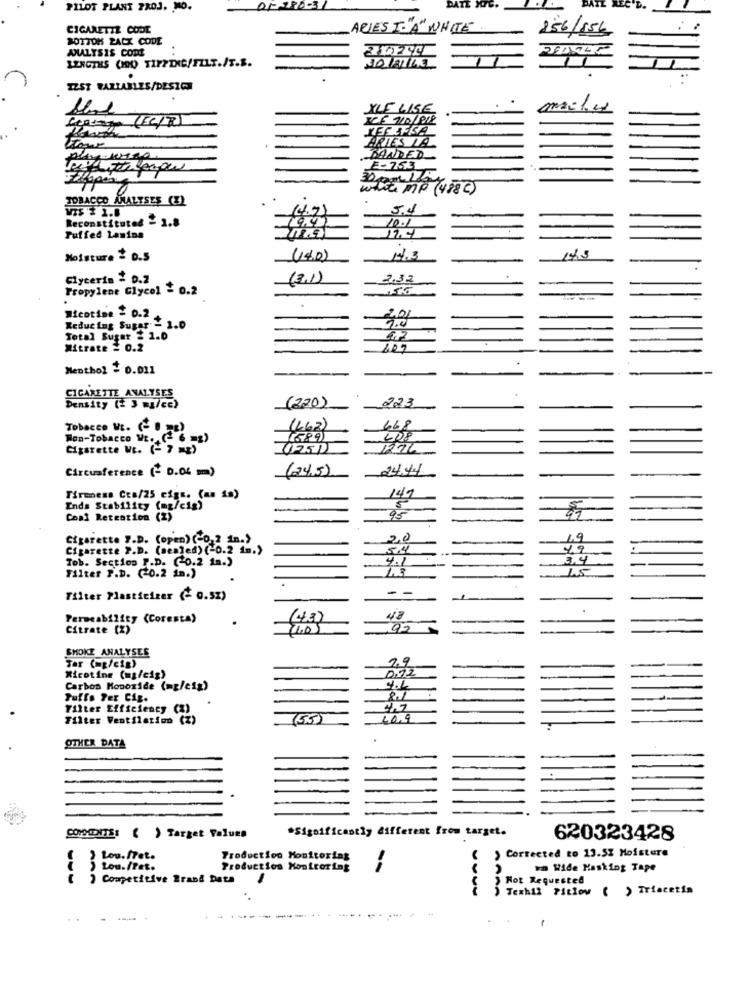
PILOT PLANT PRO3. MO.
CIGARETTE CODE
ARIES I."A" WHITE
256/856
BOTTOM ZACK CODE
ANALYSIS CODE
LENGTHS (HOU TIFFDIG/FILE./T.S.
TEST WARLABLES/DESIGN
XLE LISE
NEELFKA
ARIES LA
BANDED
E-753
white MP (488 c)
TOBACCO ANALYSES (Z)
5.4
Reconstituted = 1.8
19.47
10.1
Puffed Lamina
Moisture 2 0.5
(140)
14.3
Glycerin = D.2
(3.1)
2,32
Propylene Glycol = 0.2
Nicotine = 0.2
Reducing Sugar - 1.0
Total Suger 2 1.0
6.72
Mitrate = 0.2
Menthol = 0.011
CIGARETTE ANALYSES
Density (2 3 mg/ce)
(220)
223
Tobacco WL. ( Bg)
(662)
668
Non-Tobacco Wt. (+ 6
608
Cigarette WE. (- 7 =)
12.76
Circumference (- D.O. m)
(24,5)
24.44
Tirmess Cts/25 cigs. (as is)
147
Ends Stability (mg/cis)
Coal Retention (2)
95
Cigarette 7.D. (open) (-0,2 in.)
20
1.9
Cigarette P.D. (sealed) (-0.2 1m.)
5.4
Tob. Section P.D. (0.2 1n.)
4.1
3.4
15
Filter P.D. (0.2 in.)
-
Filter Plasticizer (- 0.5%)
Permeability (Coresta)
(43)
47
Citrate (2)
1.05
92
SMOKE ANALYSES
2.9
Tar (mp/cig)
0.72
Nicotine (mg/cig)
Carbon Monoxide (mg/cig)
4.4
Tuffs Per Cig.
81
Filter Efficiency (%)
4.7
Filter Ventilation (Z)
40.9
OTHER DATA
*Significantly different from target.
CONSOENTS: ( ) Target Values
620323428
" } Lou.fet.
Production Monitoring
Corrected to 13.52 Moisture
Lou./Pet.
Producties Hontroring
In Wide Masking Tape
) Competitive Brand Data
Hot Requested
Texhil Pitlow ( ) Triacetin
-